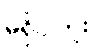
မရှိပါဘူး။